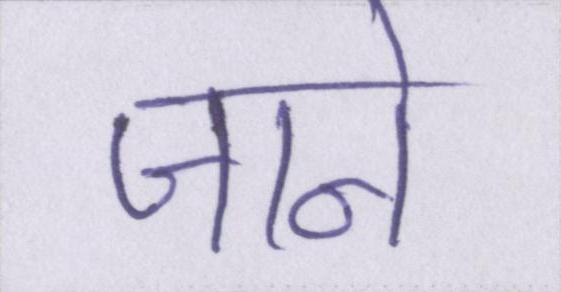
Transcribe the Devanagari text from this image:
जाने